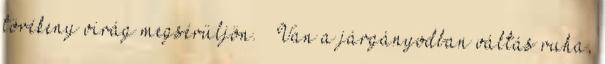
törékeny virág megsérüljön. – Van a járgányodban váltás ruha,